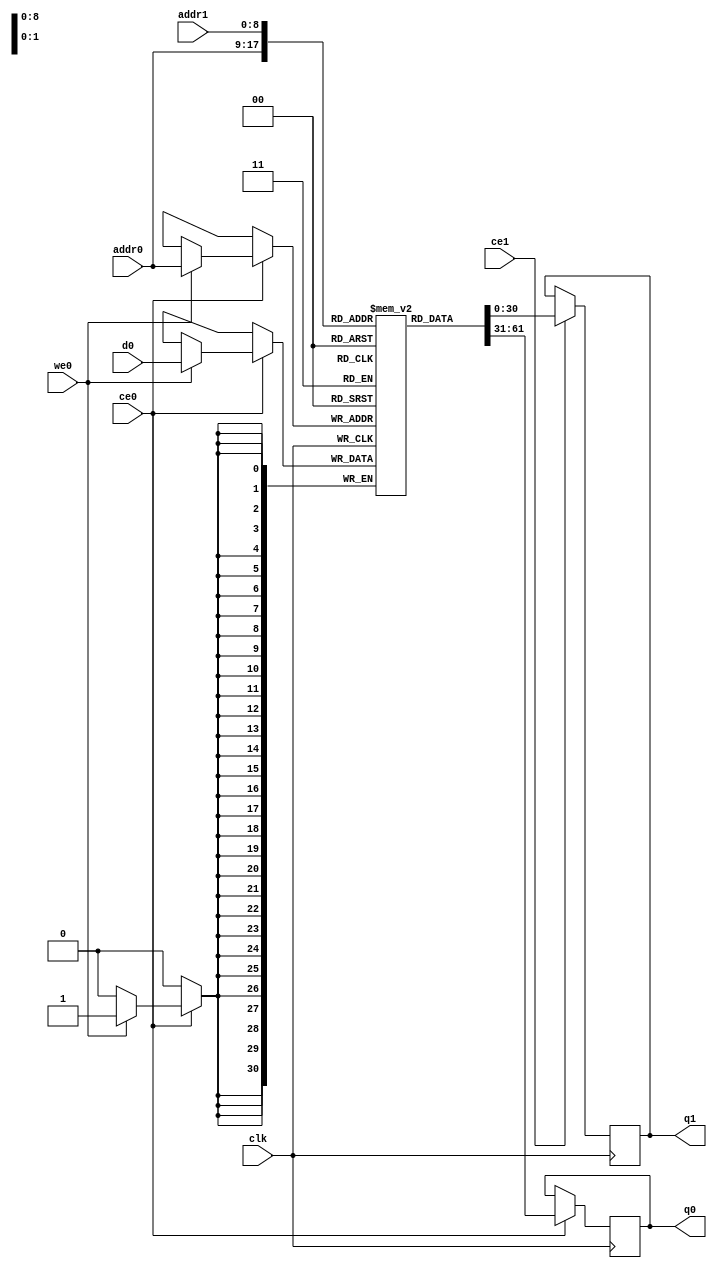
module hls_xfft2real_filter_buf_0_M_real_V_memcore_ram (addr0, ce0, d0, we0, q0, addr1, ce1, q1,  clk);

parameter DWIDTH = 31;
parameter AWIDTH = 9;
parameter MEM_SIZE = 512;

input[AWIDTH-1:0] addr0;
input ce0;
input[DWIDTH-1:0] d0;
input we0;
output reg[DWIDTH-1:0] q0;
input[AWIDTH-1:0] addr1;
input ce1;
output reg[DWIDTH-1:0] q1;
input clk;

reg [DWIDTH-1:0] ram[0:MEM_SIZE-1];




always @(posedge clk)  
begin 
    if (ce0) begin
        if (we0) 
            ram[addr0] <= d0; 
        q0 <= ram[addr0];
    end
end


always @(posedge clk)  
begin 
    if (ce1) begin
        q1 <= ram[addr1];
    end
end


endmodule